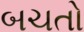
બચતો